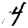
Digit: 4